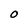
Character: O